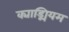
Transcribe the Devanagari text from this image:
क्याड्मियम